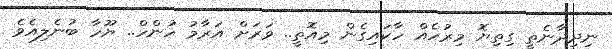
ނިދިދާނެތީ ގިތިޔޮ މިރުހެއް ހާކައިގެން މިއޮތީ.. ވަރަށް އަރާމު ހުންހް.. ޔޫހާ ބުނެލިއެވެ